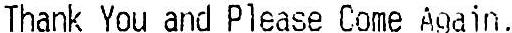
THANK YOU AND PLEASE COME AGAIN.